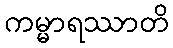
ကမ္မာရဿာတိ